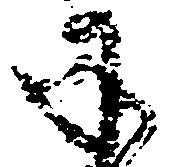
承